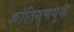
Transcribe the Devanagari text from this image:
कांतिगुणयुक्त